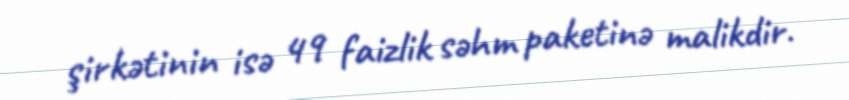
şirkətinin isə 49 faizlik səhm paketinə malikdir.